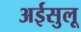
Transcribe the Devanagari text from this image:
अईसुलू